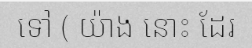
ទៅ ( យ៉ាង នោះ ដែរ